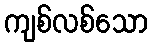
ကျစ်လစ်သော